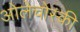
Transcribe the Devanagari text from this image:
ओलेचोस्की